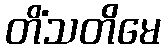
တိံသတိမေ